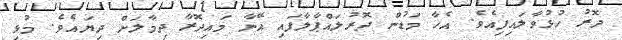
ދޮރު ހުޅުވާލައިފިއެވެ. އެހާ މަޑުން ދޮރުލައްޕާލާފައި އޭނާ މައިދޮރާ ދިމާލަށް ދިޔައެވެ. މުޅި